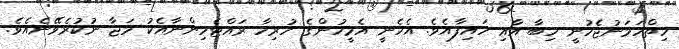
ހިތްހަމަނުޖެހުނީ ހިބާ އާއި ހައިފާއެވެ. އެހެނީ އެމީހުންގެ ހުރިހާ ރައްޓެހިންނާއެކު މަޖާ ނުކުރެވޭނެއެވެ.